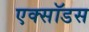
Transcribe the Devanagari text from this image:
एक्सॉडस